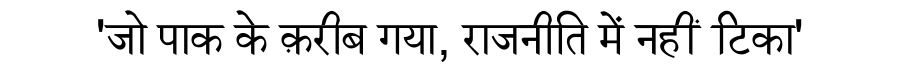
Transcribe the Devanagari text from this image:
'जो पाक के क़रीब गया, राजनीति में नहीं टिका'